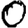
Digit: 0